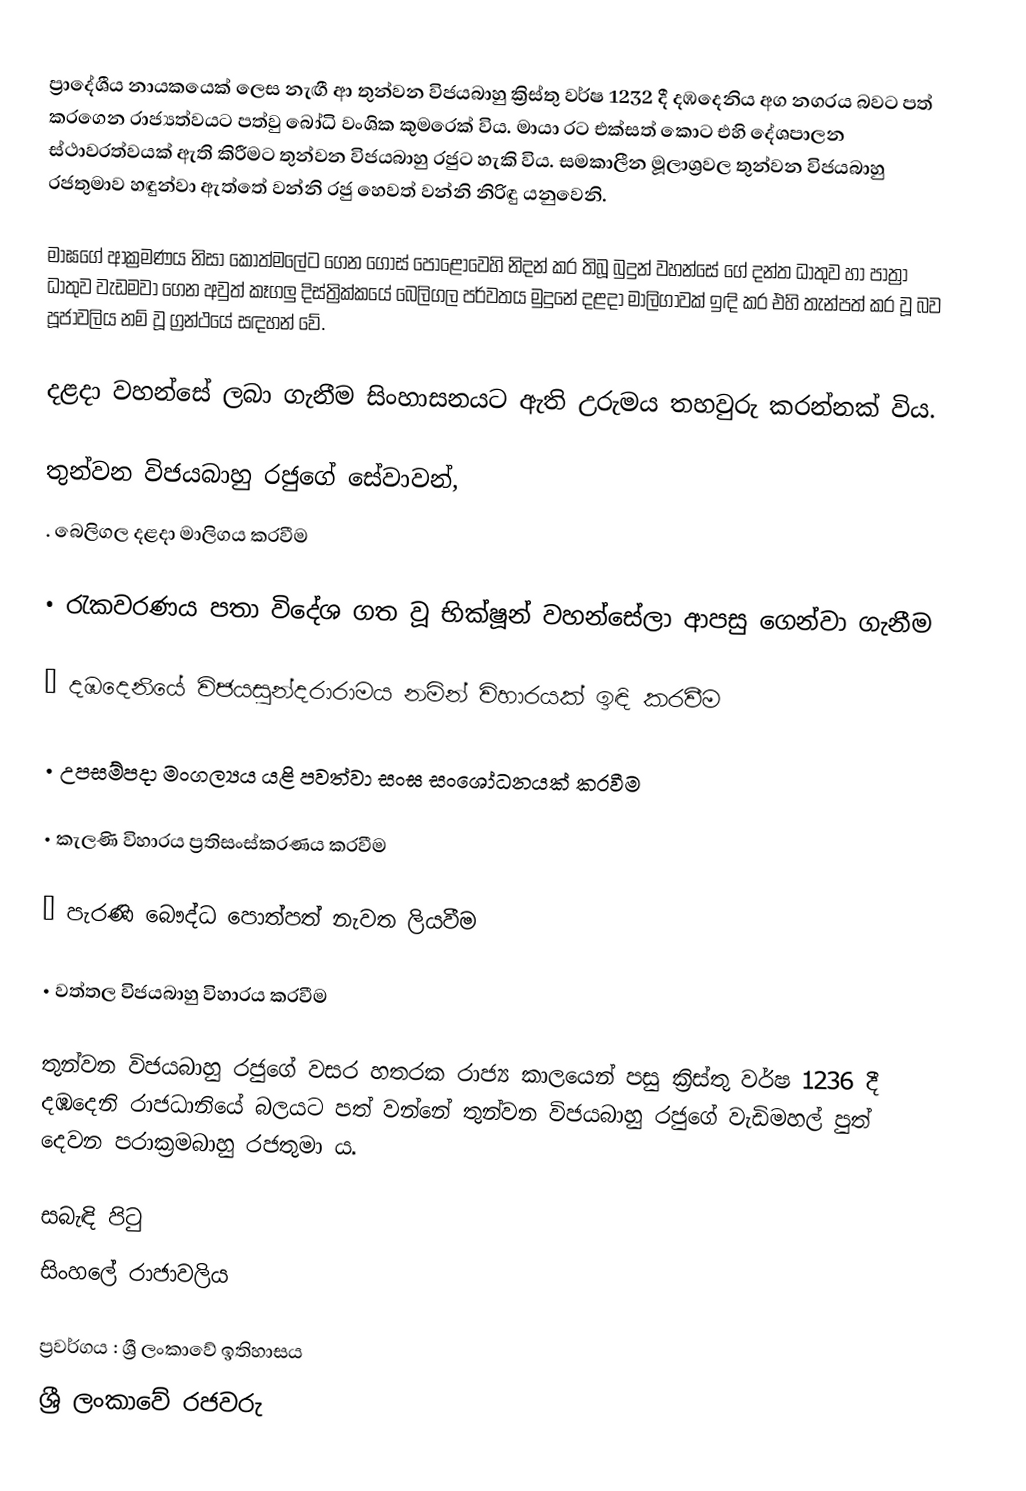
ප්‍රාදේශීය නායකයෙක් ලෙස නැඟී ආ තුන්වන විජයබාහු ක්‍රිස්තු වර්ෂ 1232 දී දඹදෙනිය අග නගරය බවට පත් කරගෙන රාජ්‍යත්වයට පත්වු බෝධි වංශික කුමරෙක් විය. මායා රට එක්සත් කොට එහි දේශපාලන ස්ථාවරත්වයක් ඇති කිරීමට තුන්වන විජයබාහු රජුට හැකි විය. සමකාලීන මූලාශ්‍රවල තුන්වන විජයබාහු රජතුමාව හඳුන්වා ඇත්තේ වන්නි රජු හෙවත් වන්නි නිරිඳු යනුවෙනි.

මාඝගේ ආක්‍රමණය නිසා කොත්මලේට ගෙන ගොස් පොළොවෙහි නිදන් කර තිබූ බුදුන් වහන්සේ ගේ දන්ත ධාතුව හා පාත්‍රා ධාතුව වැඩමවා ගෙන අවුත් කෑගලු දිස්ත්‍රික්කයේ බෙලිගල පර්වතය මුදුනේ දළදා මාලිගාවක් ඉඳි කර එහි තැන්පත් කර වූ බව පූජාවලිය නම් වූ ග්‍රන්ථයේ සඳහන් වේ.

දළදා වහන්සේ ලබා ගැනීම සිංහාසනයට ඇති උරුමය තහවුරු කරන්නක් විය.

තුන්වන විජයබාහු රජුගේ සේවාවන්,
.	බෙලිගල දළදා මාලිගය කරවීම

•	රැකවරණය පතා විදේශ ගත වූ භික්ෂූන් වහන්සේලා ආපසු ගෙන්වා ගැනීම

•	දඹදෙනියේ විජයසුන්දරාරාමය නමින් විහාරයක් ඉඳි කරවීම

•	උපසම්පදා මංගල්‍යය යළි පවත්වා සංඝ සංශෝධනයක් කරවීම

•	කැලණි විහාරය ප්‍රතිසංස්කරණය කරවීම

•	පැරණි බෞද්ධ පොත්පත් නැවත ලියවීම

•	වත්තල විජයබාහු විහාරය කරවීම

තුන්වන විජයබාහු රජුගේ වසර හතරක රාජ්‍ය කාලයෙන් පසු ක්‍රිස්තු වර්ෂ 1236 දී දඹදෙනි රාජධානියේ බලයට පත් වන්නේ තුන්වන විජයබාහු රජුගේ වැඩිමහල් පුත්  දෙවන පරාක්‍රමබාහු රජතුමා ය.

සබැඳි පිටු
 සිංහලේ රාජාවලිය

ප්‍රවර්ගය : ශ්‍රී ලංකාවේ ඉතිහාසය
ශ්‍රී ලංකාවේ රජවරු